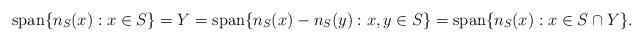
LaTeX: \begin{align*}\textrm{span}\{ n_S(x) : x\in S\}= Y=\textrm{span}\{n_S(x)-n_S(y) : x, y\in S\} =\textrm{span}\{ n_S(x) : x\in S\cap Y\}.\end{align*}